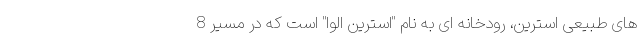
های طبیعی استرین، رودخانه ای به نام "استرین الوا" است که در مسیر 8